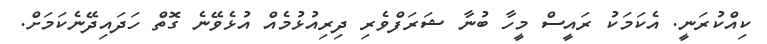
ކިއްކުރަނީ. އެކަމަކު ރައީސް މީހާ ބުނާ ޝަރަފްވެރި ދިރިއުޅުމެއް އުޅެވޭނެ ގޮތް ހަދައިދޭނެކަމަށް.